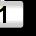
Digit: 1